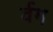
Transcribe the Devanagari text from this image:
र्वग